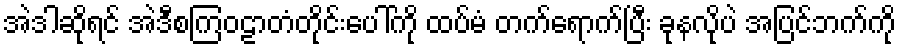
အဲဒါဆိုရင် အဲဒီစကြဝဠာတံတိုင်းပေါ်ကို ထပ်မံ တက်ရောက်ပြီး ခုနလိုပဲ အပြင်ဘက်ကို